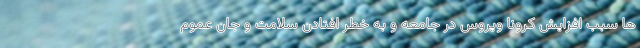
ها سبب افزایش کرونا ویروس در جامعه و به خطر افتادن سلامت و جان عموم